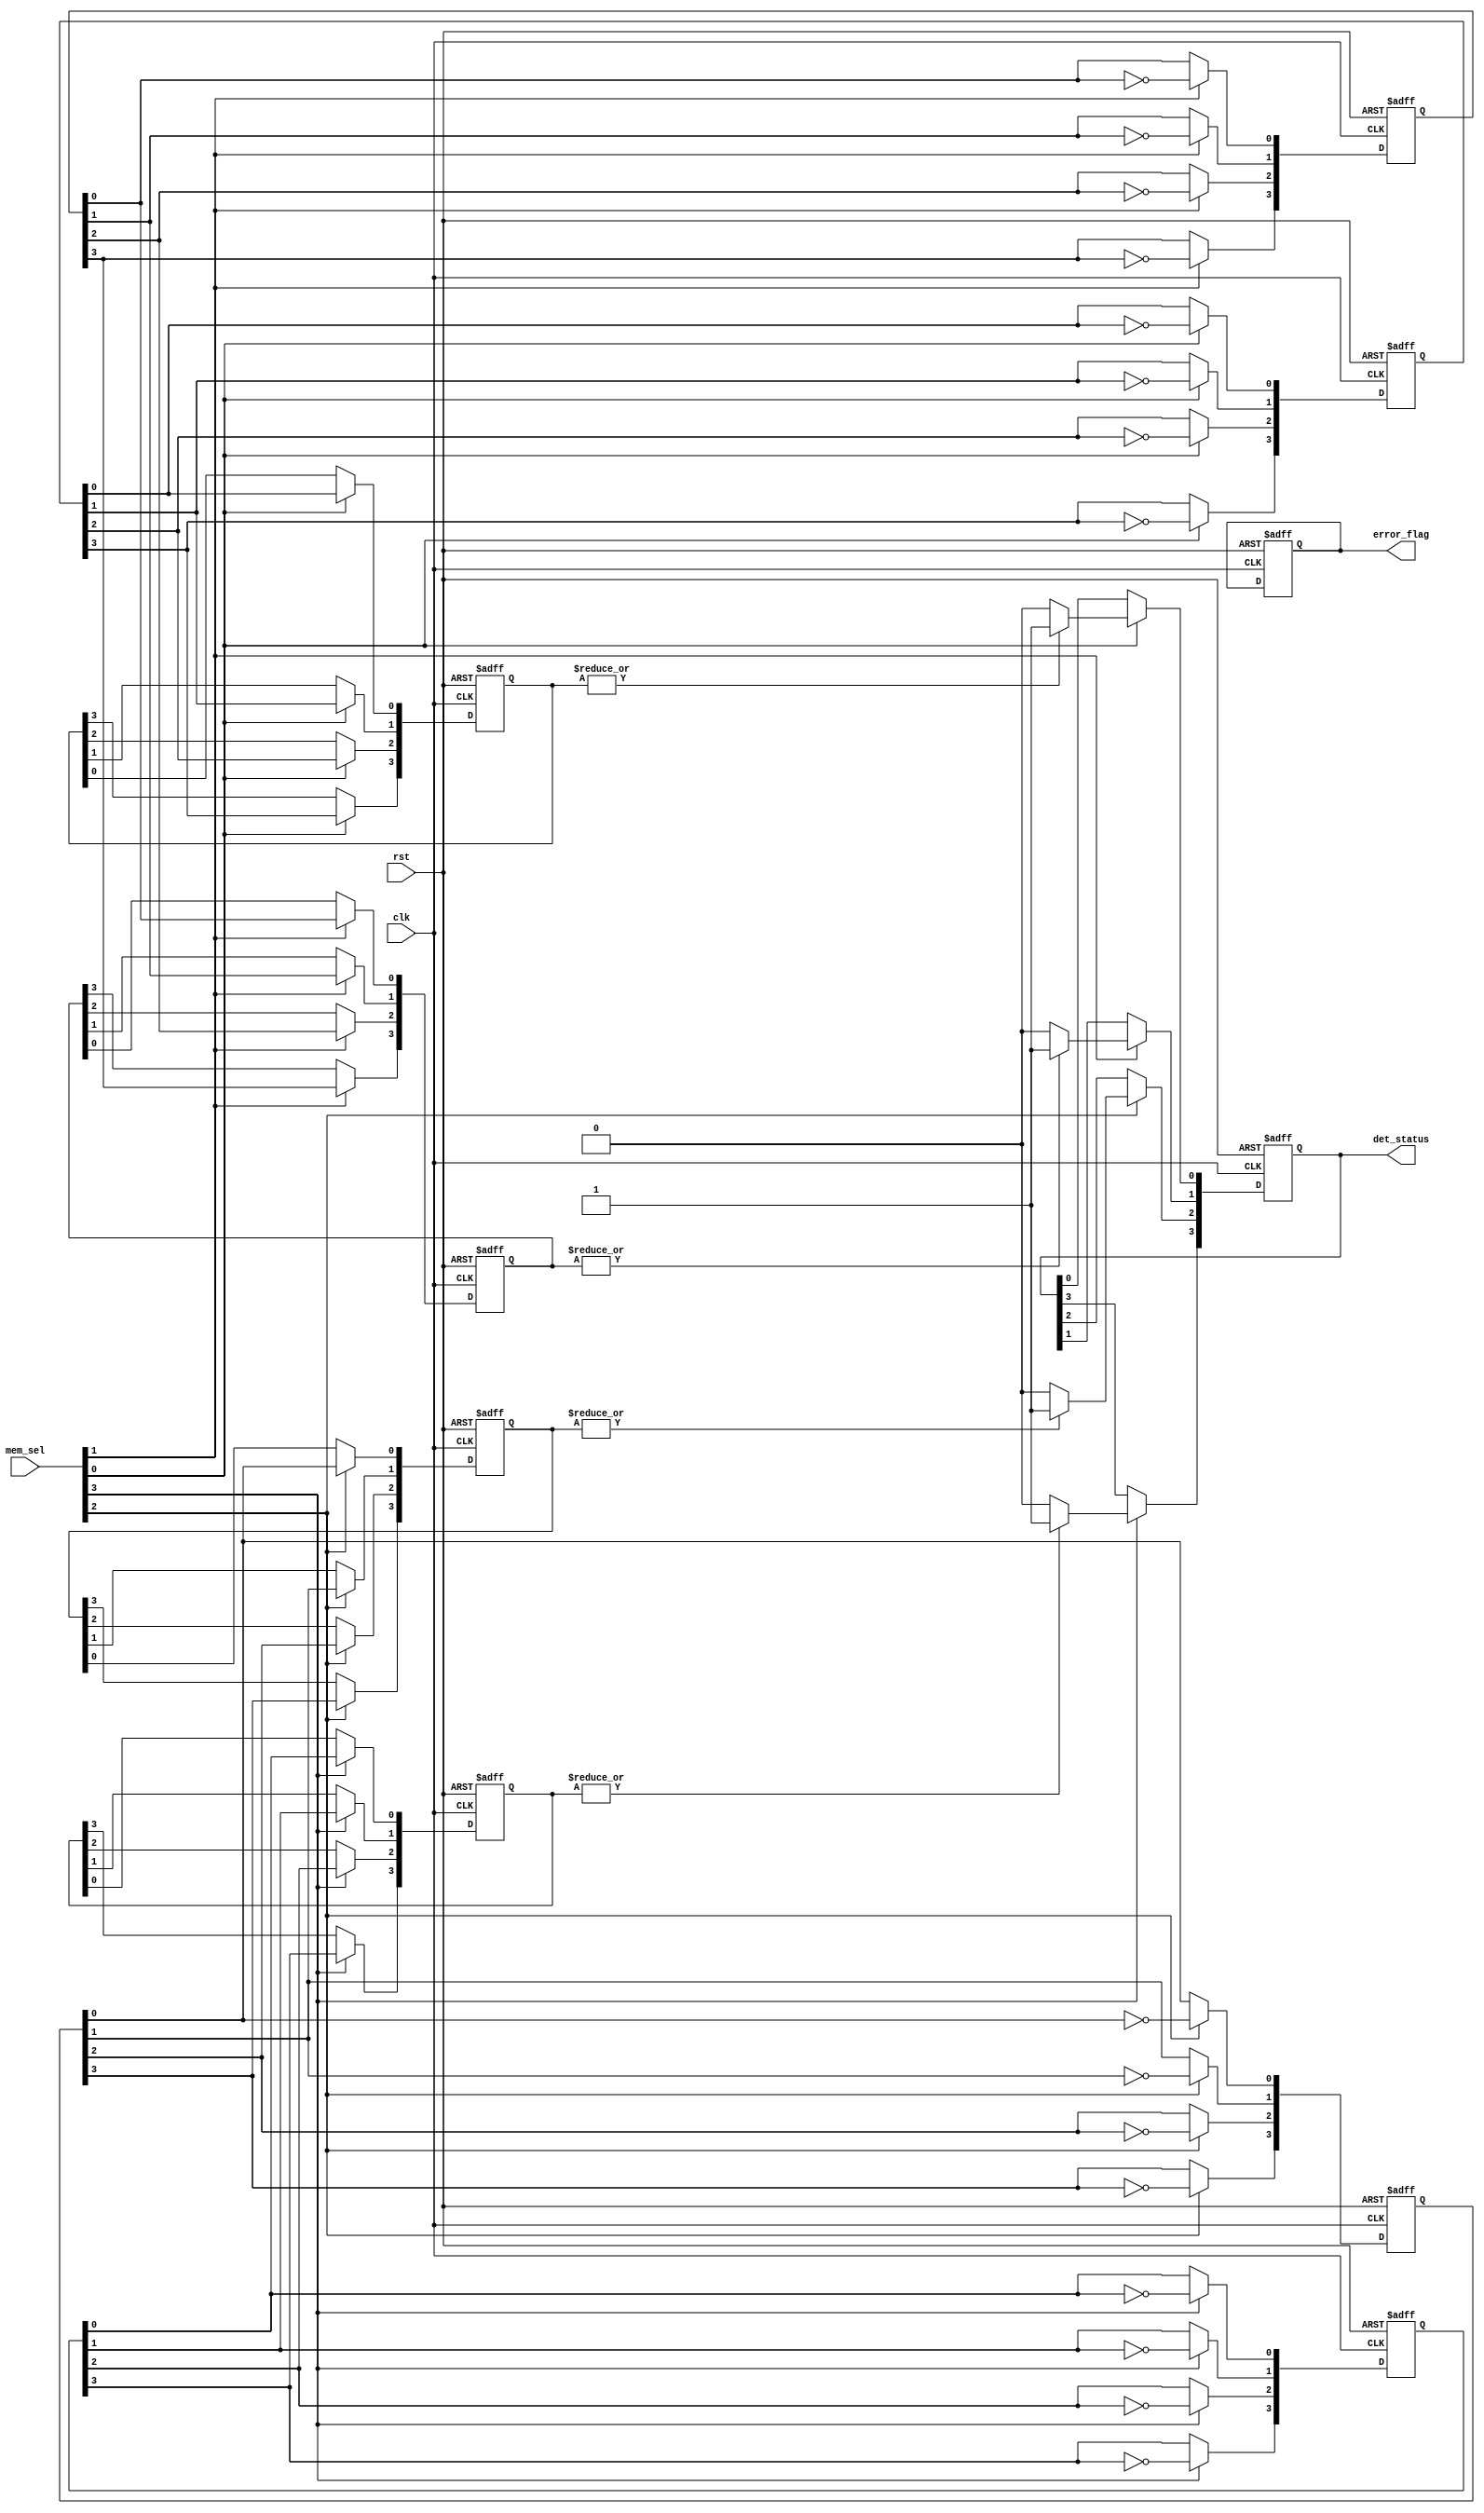
module MemoryBlockCascadedFlipFlopDetector #(
    parameter NUM_MEMORY_BLOCKS = 4, // Number of memory blocks
    parameter FLIP_FLOPS_PER_BLOCK = 4 // Number of flip-flops per memory block
)(
    input wire clk,
    input wire rst,
    input wire [NUM_MEMORY_BLOCKS-1:0] mem_sel, // Memory block select
    output reg [NUM_MEMORY_BLOCKS-1:0] det_status, // Detected status
    output reg error_flag // Error indicator
);

    // Internal signals
    reg [FLIP_FLOPS_PER_BLOCK-1:0] flip_flop_states [0:NUM_MEMORY_BLOCKS-1]; // Flip-flop states for each block
    reg [FLIP_FLOPS_PER_BLOCK-1:0] detected_ff [0:NUM_MEMORY_BLOCKS-1]; // Detected flip-flops for each block

    // Initialization
    integer i, j;
    always @(posedge clk or posedge rst) begin
        if (rst) begin
            // Reset all status registers and detected states
            for (i = 0; i < NUM_MEMORY_BLOCKS; i = i + 1) begin
                det_status[i] <= 1'b0; // Not detected
                error_flag <= 1'b0; // No error
                flip_flop_states[i] <= {FLIP_FLOPS_PER_BLOCK{1'b0}}; // Initialize all flip-flops to 0
                detected_ff[i] <= {FLIP_FLOPS_PER_BLOCK{1'b0}}; // Initialize detected flip-flops
            end
        end else begin
            // Detection logic for selected memory block
            for (i = 0; i < NUM_MEMORY_BLOCKS; i = i + 1) begin
                if (mem_sel[i]) begin // If this memory block is selected
                    for (j = 0; j < FLIP_FLOPS_PER_BLOCK; j = j + 1) begin
                        // Simulate flip-flop detection logic
                        // Here we assume some external logic sets flip_flop_states
                        // For example, we can toggle states for demonstration
                        flip_flop_states[i][j] <= ~flip_flop_states[i][j]; // Toggle state for demo
                        detected_ff[i][j] <= flip_flop_states[i][j]; // Capture detected state
                    end

                    // Update detection status
                    if (|detected_ff[i]) begin // If any flip-flop is detected
                        det_status[i] <= 1'b1; // Detected
                    end else begin
                        det_status[i] <= 1'b0; // Not detected
                    end
                end
            end
        end
    end

endmodule